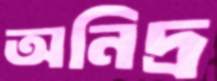
অনিদ্র